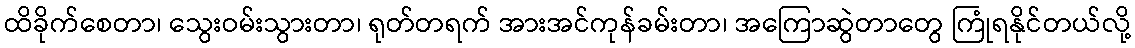
ထိခိုက်စေတာ၊ သွေးဝမ်းသွားတာ၊ ရုတ်တရက် အားအင်ကုန်ခမ်းတာ၊ အကြောဆွဲတာတွေ ကြုံရနိုင်တယ်လို့